Indian journal of veterinary science and animal husbandry - Volume 6,
Year: 1936
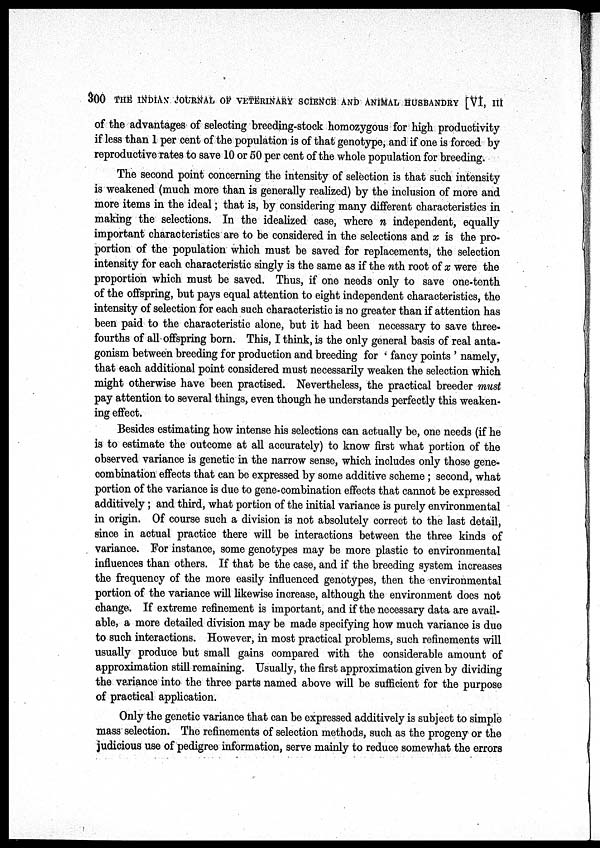
300 THE INDIAN JOURNAL OF VETERINARY SCIENCE AND ANIMAL HUSBANDRY [VI, III
of the advantages of selecting breeding-stock homozygous for high productivity
if less than 1 per cent of the population is of that genotype, and if one is forced by
reproductive rates to save 10 or 50 per cent of the whole population for breeding.
The second point concerning the intensity of selection is that such intensity
is weakened (much more than is generally realized) by the inclusion of more and
more items in the ideal; that is, by considering many different characteristics in
making the selections. In the idealized case, where n independent, equally
important characteristics are to be considered in the selections and x is the pro-
portion of the population which must be saved for replacements, the selection
intensity for each characteristic singly is the same as if the nth root of x were the
proportion which must be saved. Thus, if one needs only to save one-tenth
of the offspring, but pays equal attention to eight independent characteristics, the
intensity of selection for each such characteristic is no greater than if attention has
been paid to the characteristic alone, but it had been necessary to save three-
fourths of all offspring born. This, I think, is the only general basis of real anta-
gonism between breeding for production and breeding for ' fancy points ' namely,
that each additional point considered must necessarily weaken the selection which
might otherwise have been practised. Nevertheless, the practical breeder must
pay attention to several things, even though he understands perfectly this weaken-
ing effect.
Besides estimating how intense his selections can actually be, one needs (if he
is to estimate the outcome at all accurately) to know first what portion of the
observed variance is genetic in the narrow sense, which includes only those gene-
combination effects that can be expressed by some additive scheme ; second, what
portion of the variance is due to gene-combination effects that cannot be expressed
additively ; and third, what portion of the initial variance is purely environmental
in origin. Of course such a division is not absolutely correct to the last detail,
since in actual practice there will be interactions between the three kinds of
variance. For instance, some genotypes may be more plastic to environmental
influences than others. If that be the case, and if the breeding system increases
the frequency of the more easily influenced genotypes, then the environmental
portion of the variance will likewise increase, although the environment does not
change. If extreme refinement is important, and if the necessary data are avail-
able, a more detailed division may be made specifying how much variance is due
to such interactions. However, in most practical problems, such refinements will
usually produce but small gains compared with the considerable amount of
approximation still remaining. Usually, the first approximation given by dividing
the variance into the three parts named above will be sufficient for the purpose
of practical application.
Only the genetic variance that can be expressed additively is subject to simple
mass selection. The refinements of selection methods, such as the progeny or the
judicious use of pedigree information, serve mainly to reduce somewhat the errors